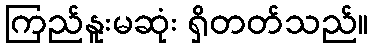
ကြည်နူးမဆုံး ရှိတတ်သည်။